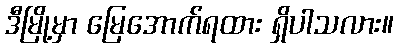
ဒီမြို့မှာ မြေအောက်ရထား ရှိပါသလား။